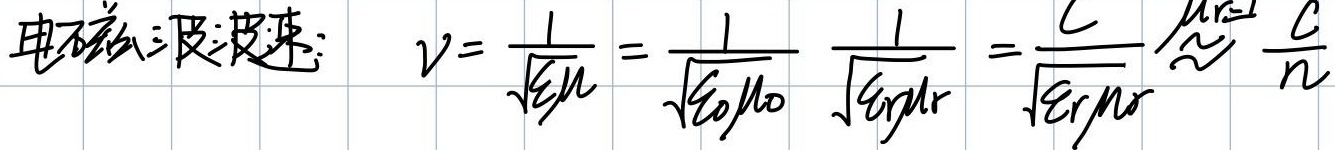
电磁波波速：\(v = \frac{1}{\sqrt{\varepsilon \mu}}=\frac{1}{\sqrt{\varepsilon_{0}\mu_{0}}}\frac{1}{\sqrt{\varepsilon_{r}\mu_{r}}}=\frac{c}{\sqrt{\varepsilon_{r}\mu_{r}}}\approx\frac{c}{n}\)